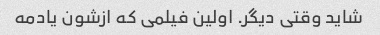
شاید وقتی دیگر. اولین فیلمی که ازشون یادمه